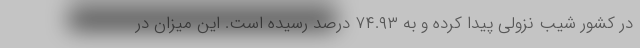
در کشور شیب نزولی پیدا کرده و به ۷۴.۹۳ درصد رسیده است. این میزان در